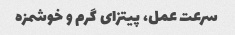
سرعت عمل، پیتزای گرم و خوشمزه